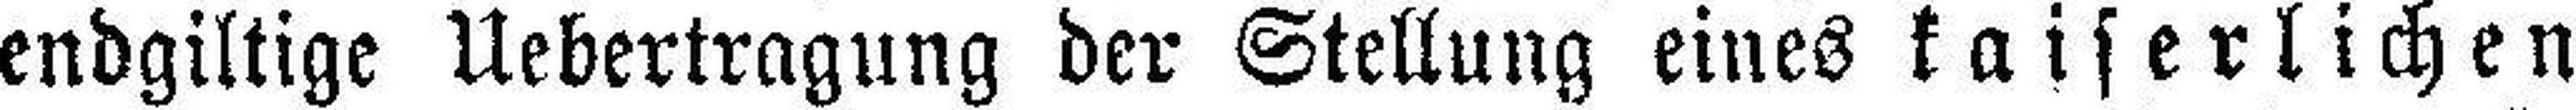
endgiltige Uebertragung der Stellung eines kaiserlichen